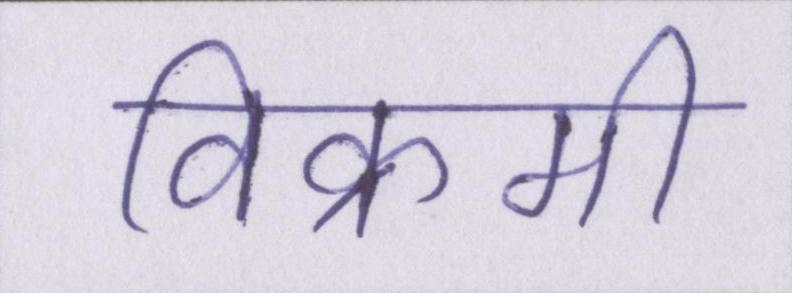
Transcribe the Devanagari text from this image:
विक्रमी